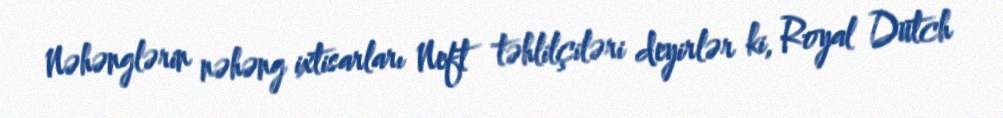
Nəhənglərin nəhəng ixtisarları Neft təhlilçiləri deyirlər ki, Royal Dutch